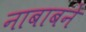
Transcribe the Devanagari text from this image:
नाबाबने